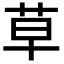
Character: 草